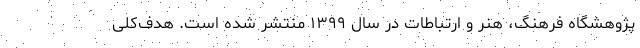
پژوهشگاه فرهنگ، هنر و ارتباطات در سال ۱۳۹۹ منتشر شده است. هدف‌کلی